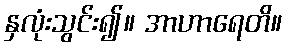
နှလုံးသွင်း၍။ အာဟာရေတိ။